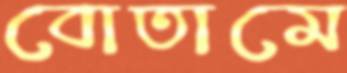
বোতামে